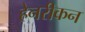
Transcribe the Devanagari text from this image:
हेनरीकन